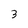
Character: 3